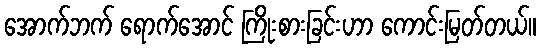
အောက်ဘက် ရောက်အောင် ကြိုးစားခြင်းဟာ ကောင်းမြတ်တယ်။